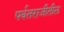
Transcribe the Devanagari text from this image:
पर्वतराजीतील